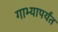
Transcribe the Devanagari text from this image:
गाभ्यापर्यंत